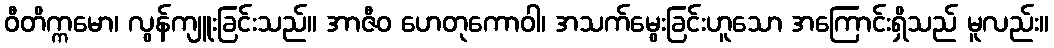
ဝီတိက္ကမော၊ လွန်ကျူးခြင်းသည်။ အာဇီဝ ဟေတုကောဝါ၊ အသက်မွေးခြင်းဟူသော အကြောင်းရှိသည် မူလည်း။